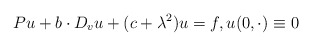
\begin{align*} P u + b \cdot D_v u + (c + \lambda^2) u = f, u (0, \cdot) \equiv 0\end{align*}